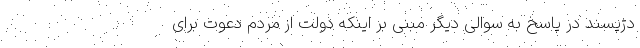
دژپسند در پاسخ به سوالی دیگر مبنی بر اینکه دولت از مردم دعوت برای